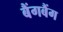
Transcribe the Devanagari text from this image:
बैंगबैंग